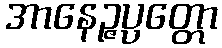
အာနေဉ္ဇပ္ပတ္တော